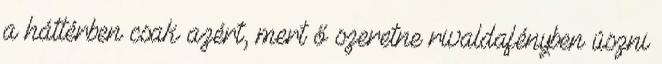
a háttérben csak azért, mert ő szeretne rivaldafényben úszni